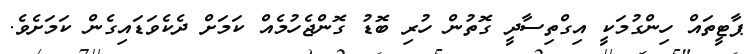
ޕާޓީތައް ހިންގުމަކީ އިގްތިސާދީ ގޮތުން ހުރި ބޮޑު ގޮންޖެހުމެއް ކަމަށް ދެކެވަޑައިގެން ކަމަށެވެ.